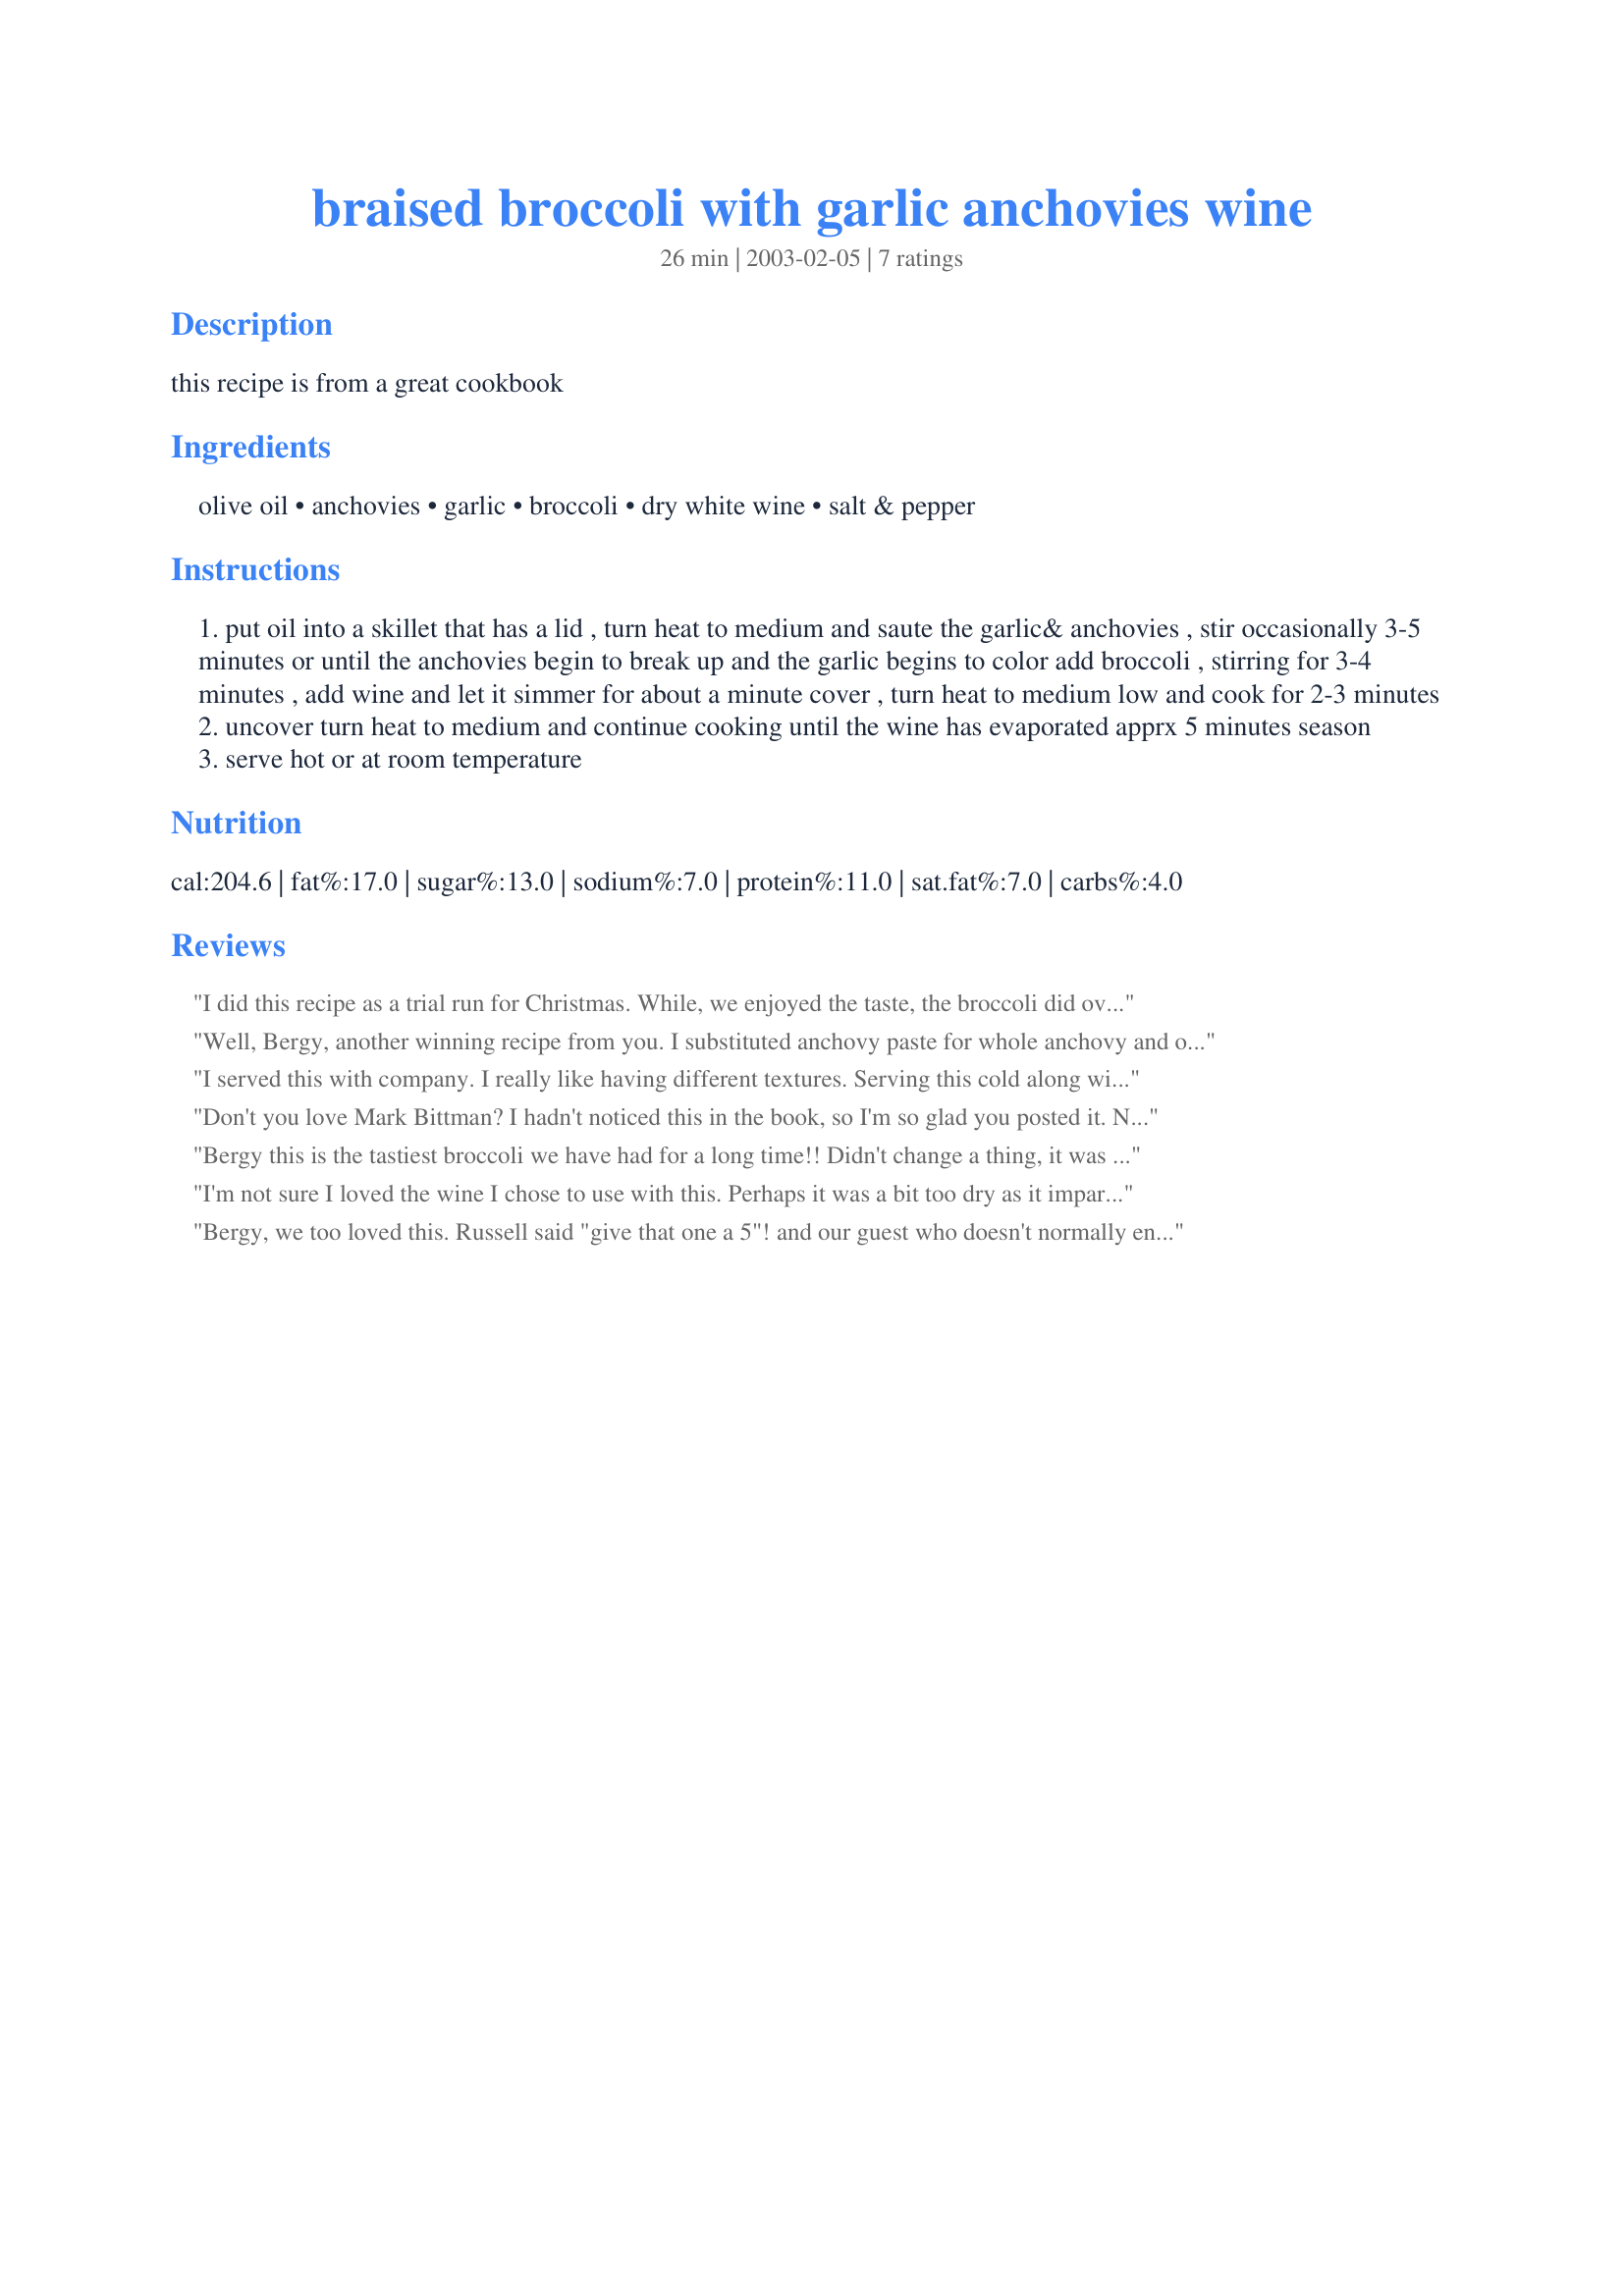
braised broccoli with garlic anchovies wine
Preparation time: 26 minutes

this recipe is from a great cookbook

Ingredients:
olive oil, anchovies, garlic, broccoli, dry white wine, salt & pepper

Steps:
put oil into a skillet that has a lid , turn heat to medium and saute the garlic& anchovies , stir occasionally 3-5 minutes or until the anchovies begin to break up and the garlic begins to color add broccoli , stirring for 3-4 minutes , add wine and let it simmer for about a minute cover , turn heat to medium low and cook for 2-3 minutes
uncover turn heat to medium and continue cooking until the wine has evaporated apprx 5 minutes season
serve hot or at room temperature

Reviews:
I did this recipe as a trial run for Christmas. While, we enjoyed the taste, the broccoli did overcook and the edges turned brown....which did not appeal to me. Next time, I will cut down the cooking time. Then, it will be perfect!
Well, Bergy, another winning recipe from you.
I substituted anchovy paste for whole anchovy and only sauteed the garlic and anchovy paste for about 
20 seconds. Added the vegetable, sauteed another minute or so then covered and simmered about 3 minutes just until the wine had evaported but no longer. I also used milder elephant garlic for regular garlic. Don't be tempted to use old brocolli- only the freshest will work with this. Thanks for postingl. cg ;)
I served this with company. I really like having different textures. Serving this cold along with a hot meal filled two ideals for me: different textures and a great do ahead. Thanks again Bergy.
Don't you love Mark Bittman? I hadn't noticed this in the book, so I'm so glad you posted it. Next time I'll use more anchovies, because the flavor of them got lost in the garlic and white wine (I used more garlic than the recipe calls for). I used slightly reduced cooking times, so the broccoli was very crisp -- just perfect. Very tasty! Thanks for posting it.
Bergy this is the tastiest broccoli we have had for a long time!! Didn't change a thing, it was as good as it gets just as it is, What a great combination, anchovies, garlic and wine, what elegance, finer than any fine resturant! Thanks for sharing.
I'm not sure I loved the wine I chose to use with this. Perhaps it was a bit too dry as it imparted a somewhat bitter flavor. I did add a little more of both garlic and anchovies, but think I could have added more. I'm wondering if chicken broth might be a better choice as the braising liquid for me.
Bergy, we too loved this. Russell said "give that one a 5"! and our guest who doesn't normally enjoy broccoli also loved it.It was easy, and took up the flavours of the wine garlic and anchovies so well. We'll be making this again thank you. beautifully. I'll be m
